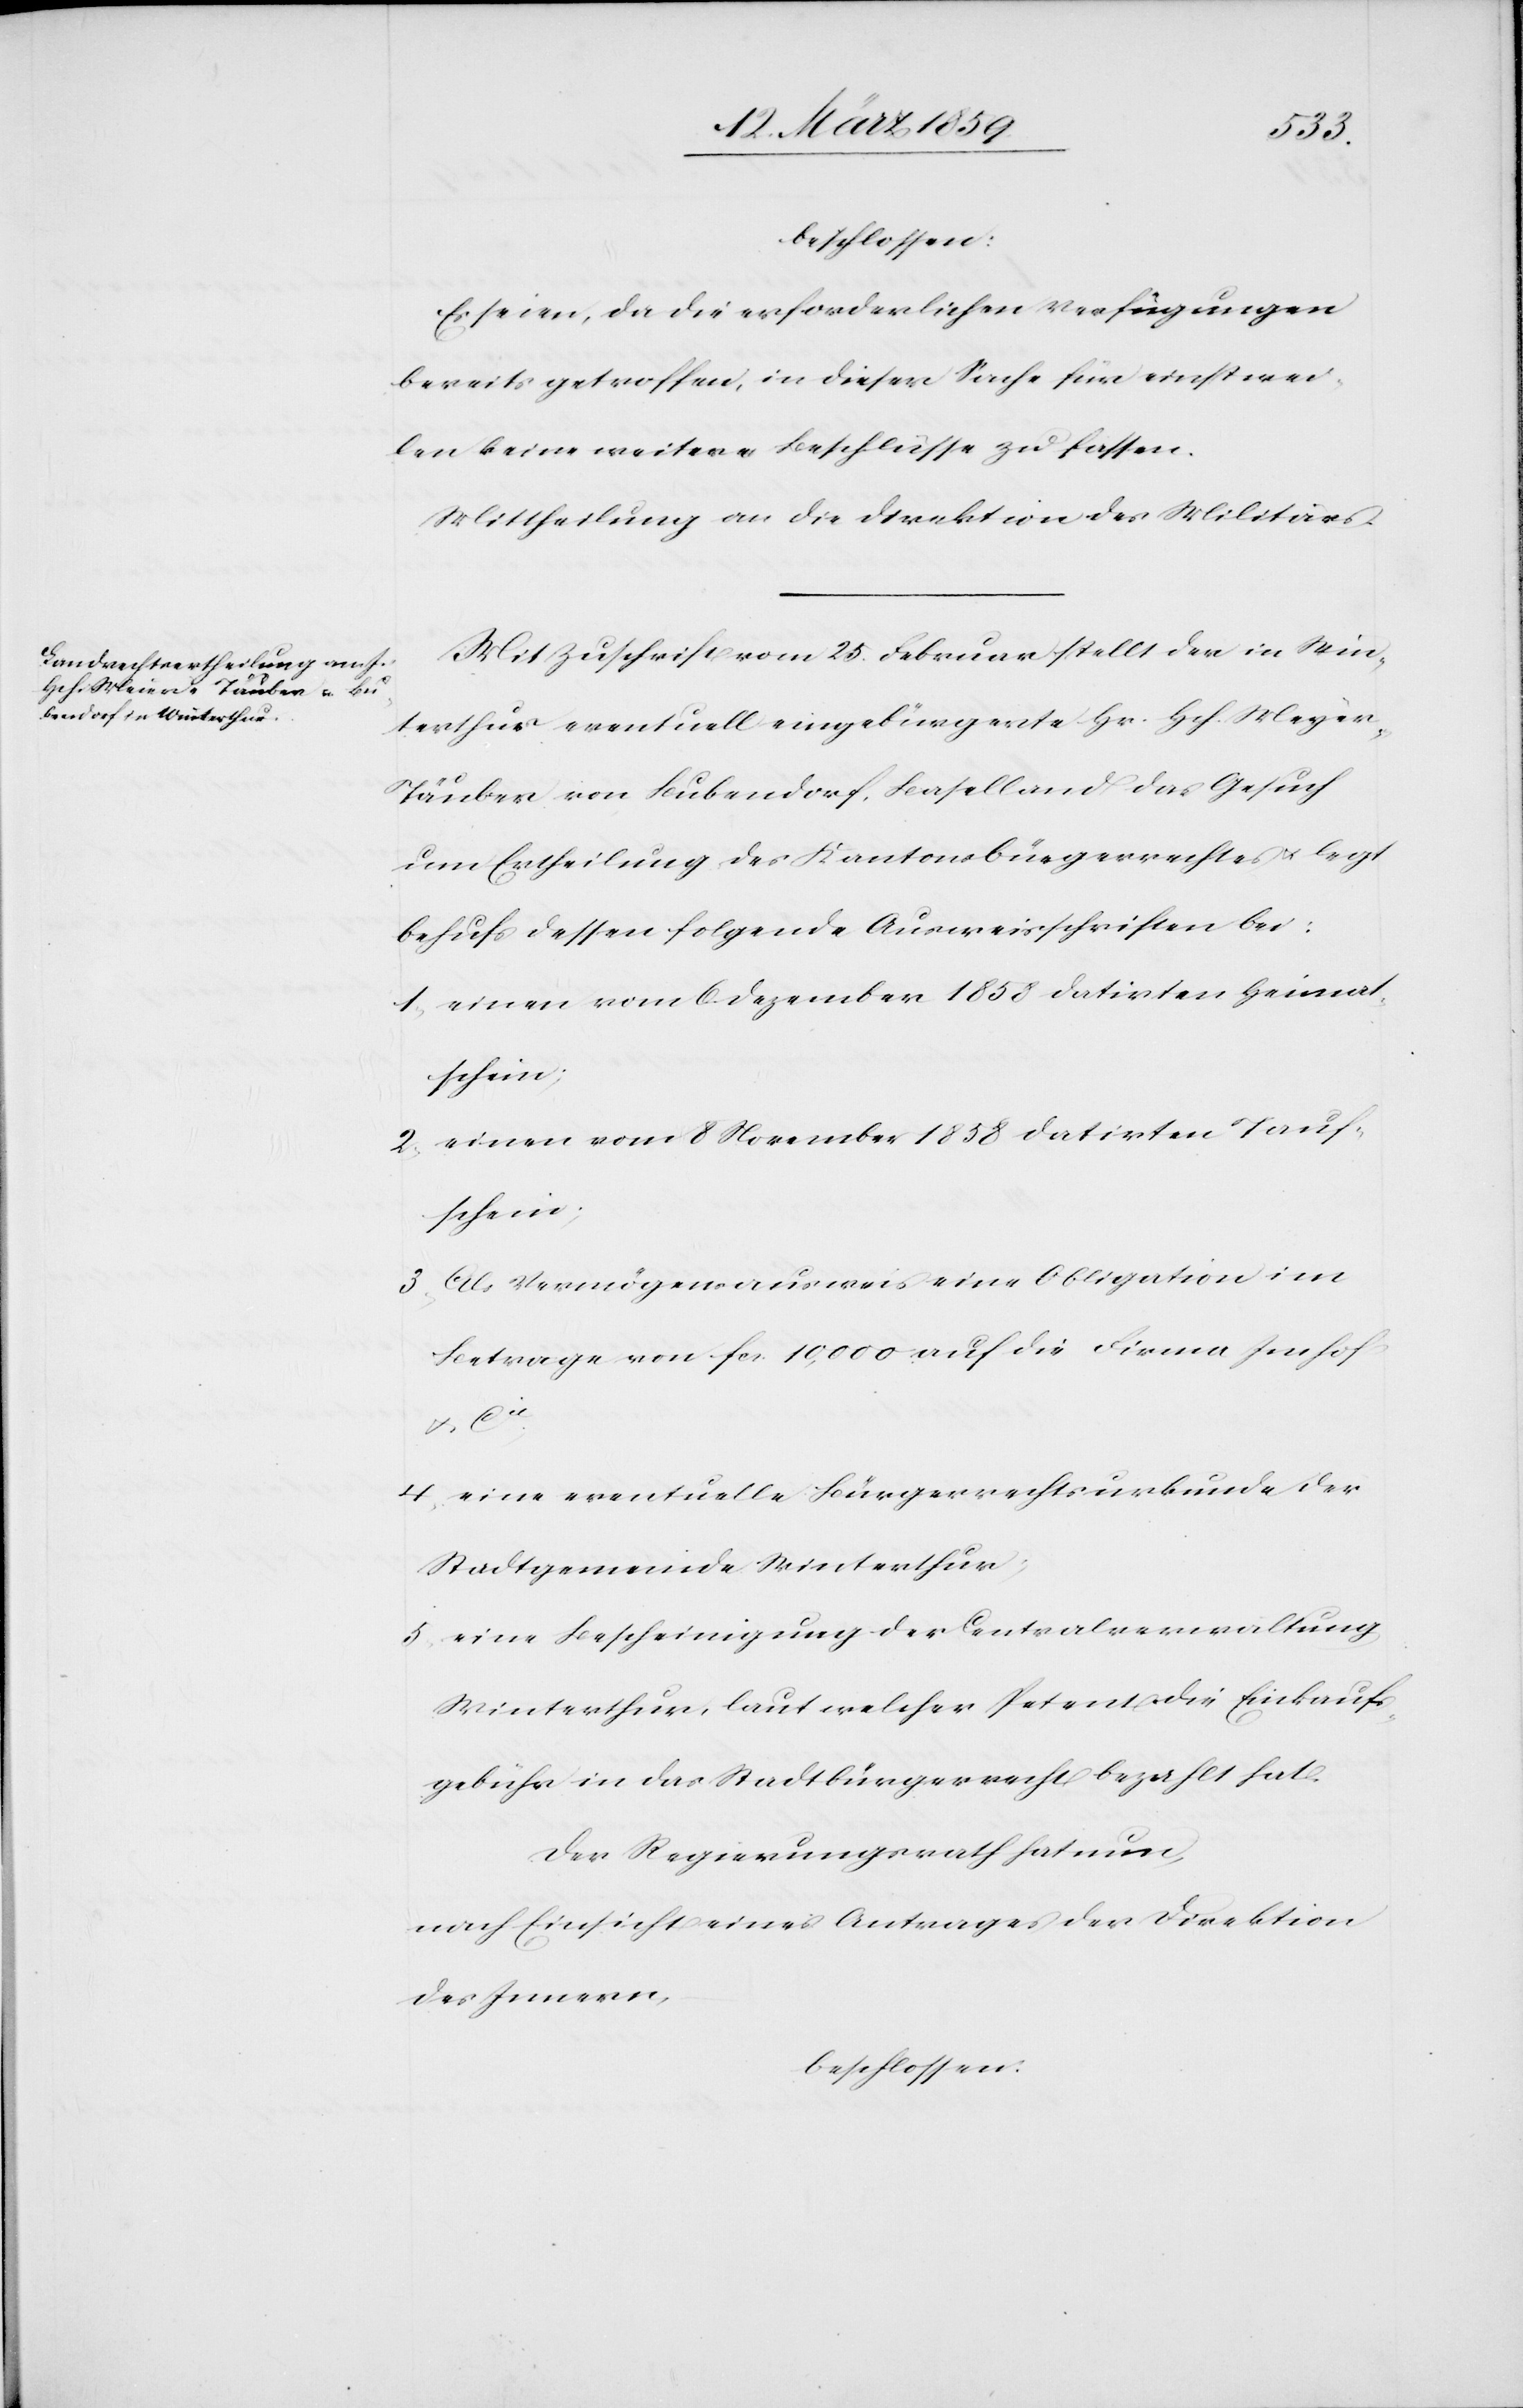
[si¬
beschlossen:
Es seien, da die erforderlichen Verfügungen
bereits getroffen, in dieser Sache für einstwei¬
len keine weitern Beschlüsse zu fassen.
Mittheilung an die Direktion des Militärs.
Mit Zuschrift vom 25. Februar stellt der in Win¬
terthur eventuell eingebürgerte Hr. Hch. Meyer-T¬
c!] von Bubendorf, Baselland das Gesuch
um Ertheilung des Kantonsbürgerrechtes u. legt
behufs dessen folgende Ausweisschriften bei:
1) einen vom 6. Dezember 1858 datirten Heimat¬
schein;
2) einen vom 8 November 1858 datirten Tauf¬
3) Als Vermögensausweis eine Obligation im
Betrag von fcs. 10,000 auf die Firma Imhof
u. Cie;
4) eine eventuelle Bürgerrechtsurkunde der
Stadtgemeinde Winterthur;
5) eine Bescheinigung der Centralverwaltung
Winterthur, laut welcher Petent die Einkaufs¬
gebühr in das Stadtbürgerrecht bezahlt hat.
Der Regierungsrath hat nun,
nach Einsicht eines Antrages der Direktion
des Innern,
beschlossen: